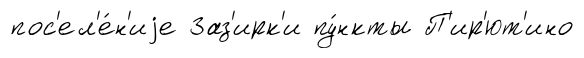
пос'ел'е́н'иjе Заз'ирк'и пу́нкты П'ир'ют'ино